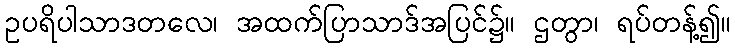
ဥပရိပါသာဒတလေ၊ အထက်ပြာသာဒ်အပြင်၌။ ဌတွာ၊ ရပ်တန့်၍။